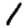
Digit: 1